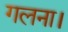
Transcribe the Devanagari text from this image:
गलना।